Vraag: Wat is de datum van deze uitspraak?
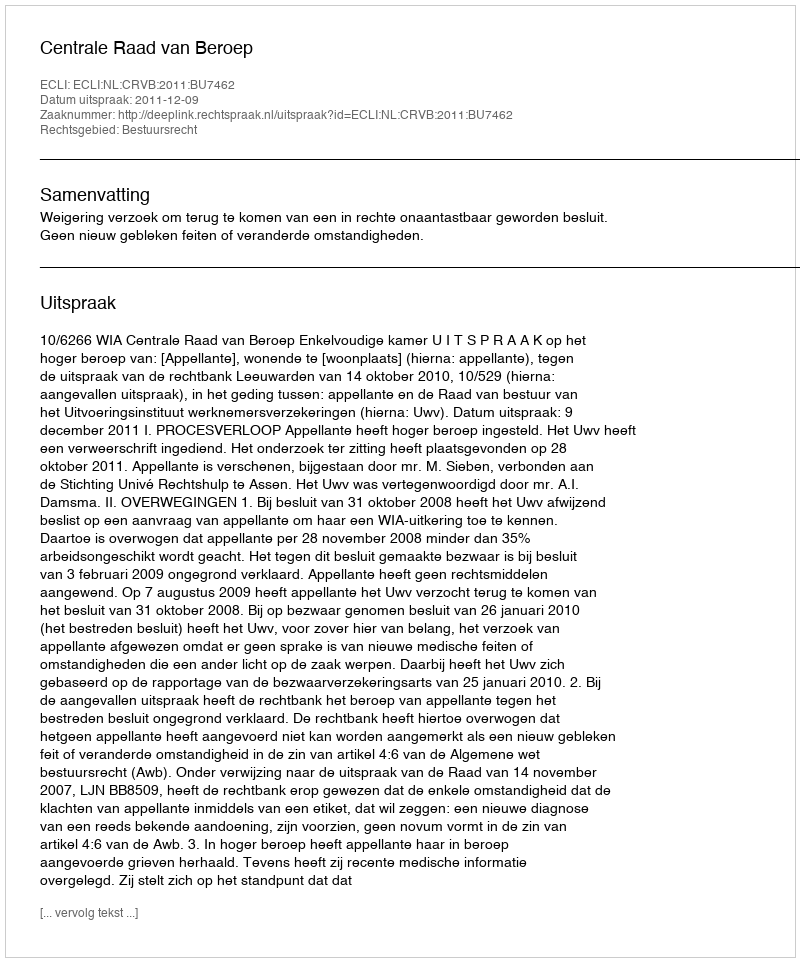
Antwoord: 2011-12-09